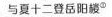
与夏十二登岳阳楼^{①}